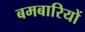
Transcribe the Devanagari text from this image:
बमबारियों